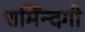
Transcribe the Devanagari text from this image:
शर्मिंन्दगी